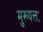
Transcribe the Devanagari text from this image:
मुख्यत्तः